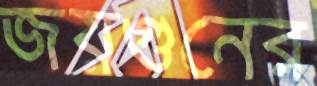
জয়গুনের